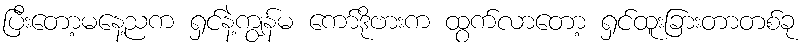
ပြီးတော့မနေ့ညက ရှင်နဲ့ကျွန်မ ကော်ဒိုဗားက ထွက်လာတော့ ရှင်ထူးခြားတာတစ်ခု